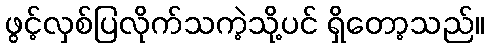
ဖွင့်လှစ်ပြလိုက်သကဲ့သို့ပင် ရှိတော့သည်။